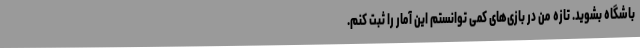
باشگاه بشوید. تازه من در بازی‌های کمی توانستم این آمار را ثبت کنم.